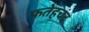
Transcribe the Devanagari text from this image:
फतेहचंद